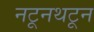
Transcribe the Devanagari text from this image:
नटूनथटून